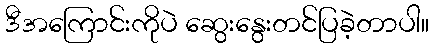
ဒီအကြောင်းကိုပဲ ဆွေးနွေးတင်ပြခဲ့တာပါ။